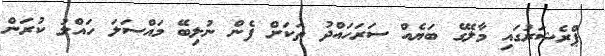
ޕްރެޝަރުގައި މާލޭގެ ބަޔެއް ސަރަހައްދު ތަކަށް ފެން ނުލިބޭ މައްސަލަ ހައްލު ކުރަން